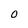
Character: O